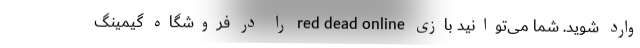
وارد شوید. شما می‌توانید بازی red dead online را در فروشگاه گیمینگ